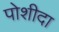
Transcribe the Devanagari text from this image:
पोशीदा